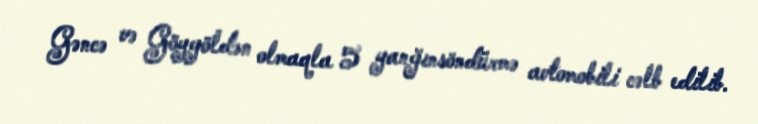
Gəncə və Göygöldən olmaqla 5 yanğınsöndürmə avtomobili cəlb edilib.